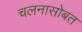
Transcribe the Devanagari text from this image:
चलनासोबत